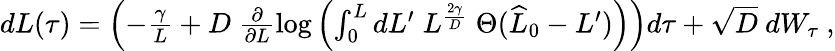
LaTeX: \begin{array}{r}{dL(\tau)=\left(-\frac{\gamma}{L}+D\ \frac{\partial}{\partial L}\log\left(\int_{0}^{L}dL^{\prime}\; L^{\frac{2\gamma}{D}}\; \Theta(\widehat{L}_{0}-L^{\prime})\right)\right)d\tau+\sqrt{D}\ dW_{\tau}\ ,}\end{array}